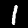
Digit: 1